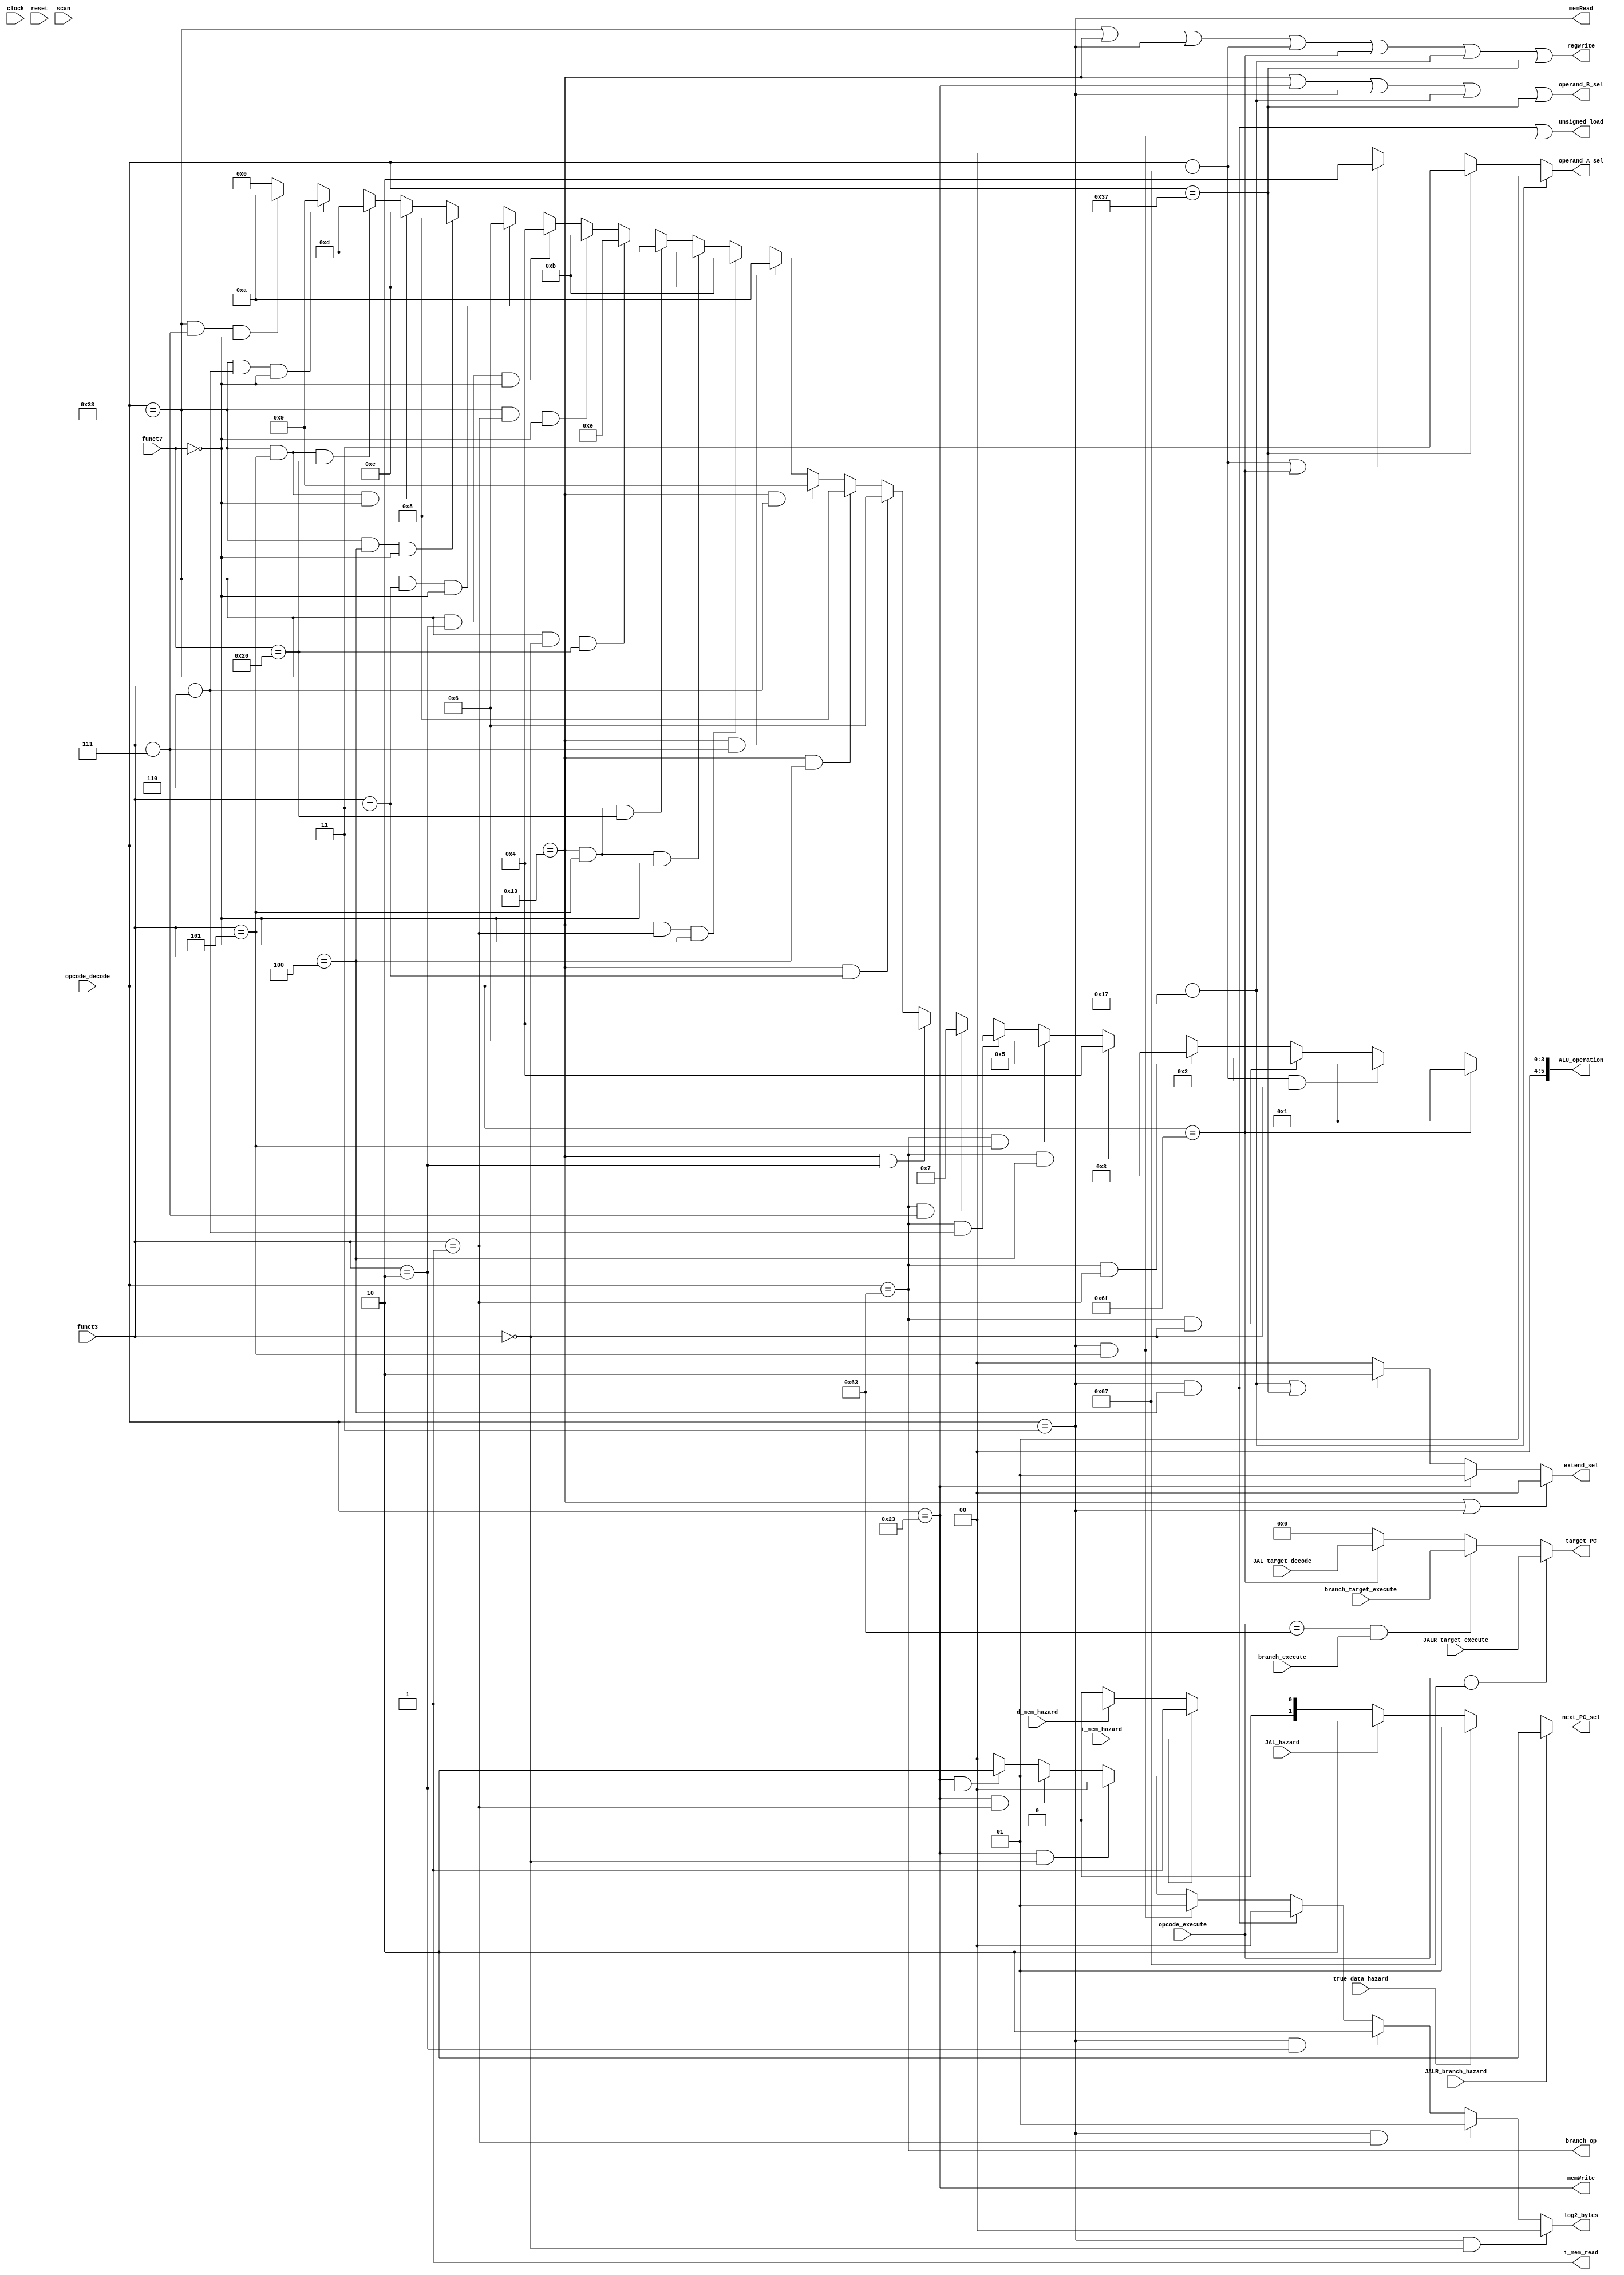
/*  @author : Adaptive & Secure Computing Systems (ASCS) Laboratory

 *  Copyright (c) 2019 BRISC-V (ASCS/ECE/BU)
 *  Permission is hereby granted, free of charge, to any person obtaining a copy
 *  of this software and associated documentation files (the "Software"), to deal
 *  in the Software without restriction, including without limitation the rights
 *  to use, copy, modify, merge, publish, distribute, sublicense, and/or sell
 *  copies of the Software, and to permit persons to whom the Software is
 *  furnished to do so, subject to the following conditions:
 *  The above copyright notice and this permission notice shall be included in
 *  all copies or substantial portions of the Software.

 *  THE SOFTWARE IS PROVIDED "AS IS", WITHOUT WARRANTY OF ANY KIND, EXPRESS OR
 *  IMPLIED, INCLUDING BUT NOT LIMITED TO THE WARRANTIES OF MERCHANTABILITY,
 *  FITNESS FOR A PARTICULAR PURPOSE AND NONINFRINGEMENT. IN NO EVENT SHALL THE
 *  AUTHORS OR COPYRIGHT HOLDERS BE LIABLE FOR ANY CLAIM, DAMAGES OR OTHER
 *  LIABILITY, WHETHER IN AN ACTION OF CONTRACT, TORT OR OTHERWISE, ARISING FROM,
 *  OUT OF OR IN CONNECTION WITH THE SOFTWARE OR THE USE OR OTHER DEALINGS IN
 *  THE SOFTWARE.
 *
 *
 */

module control_unit #(
  parameter CORE            = 0,
  parameter ADDRESS_BITS    = 20,
  parameter NUM_BYTES       = 32/8,
  parameter LOG2_NUM_BYTES  = log2(NUM_BYTES),
  parameter SCAN_CYCLES_MIN = 0,
  parameter SCAN_CYCLES_MAX = 1000
) (
  input clock,
  input reset,
  input [6:0] opcode_decode,
  input [6:0] opcode_execute,
  input [2:0] funct3, // decode
  input [6:0] funct7, // decode

  input [ADDRESS_BITS-1:0] JALR_target_execute,
  input [ADDRESS_BITS-1:0] branch_target_execute,
  input [ADDRESS_BITS-1:0] JAL_target_decode,
  input branch_execute,

  input true_data_hazard,
  input d_mem_hazard,
  input i_mem_hazard,
  input JALR_branch_hazard,
  input JAL_hazard,

  output branch_op,
  output memRead,
  output [5:0] ALU_operation, // use 6-bits to leave room for extensions
  output memWrite,
  output [LOG2_NUM_BYTES-1:0] log2_bytes,
  output unsigned_load,
  output [1:0] next_PC_sel,
  output [1:0] operand_A_sel,
  output operand_B_sel,
  output [1:0] extend_sel,
  output regWrite,

  output [ADDRESS_BITS-1:0] target_PC,
  output i_mem_read,

  input  scan
);

//define the log2 function
function integer log2;
input integer value;
begin
  value = value-1;
  for (log2=0; value>0; log2=log2+1)
    value = value >> 1;
end
endfunction


localparam [6:0]R_TYPE  = 7'b0110011,
                I_TYPE  = 7'b0010011,
                STORE   = 7'b0100011,
                LOAD    = 7'b0000011,
                BRANCH  = 7'b1100011,
                JALR    = 7'b1100111,
                JAL     = 7'b1101111,
                AUIPC   = 7'b0010111,
                LUI     = 7'b0110111,
                FENCES  = 7'b0001111,
                SYSCALL = 7'b1110011;


assign regWrite      = (opcode_decode == R_TYPE) | (opcode_decode == I_TYPE) | (opcode_decode == LOAD)
                       | (opcode_decode == JALR) | (opcode_decode == JAL)    | (opcode_decode == AUIPC)
                       | (opcode_decode == LUI);

assign memWrite      = (opcode_decode == STORE);
assign branch_op     = (opcode_decode == BRANCH);
assign memRead       = (opcode_decode == LOAD);


assign log2_bytes = (opcode_decode == LOAD  & funct3 == 3'b000) ? 0 : // LB
                    (opcode_decode == LOAD  & funct3 == 3'b001) ? 1 : // LH
                    (opcode_decode == LOAD  & funct3 == 3'b010) ? 2 : // LW
                    (opcode_decode == LOAD  & funct3 == 3'b100) ? 0 : // LBU
                    (opcode_decode == LOAD  & funct3 == 3'b101) ? 1 : // LHU
                    (opcode_decode == STORE & funct3 == 3'b000) ? 0 : // SB
                    (opcode_decode == STORE & funct3 == 3'b001) ? 1 : // SH
                    (opcode_decode == STORE & funct3 == 3'b010) ? 2 : // SW
                    {LOG2_NUM_BYTES{1'b0}};

assign unsigned_load = (opcode_decode == LOAD & funct3 == 3'b100) | // LBU
                       (opcode_decode == LOAD & funct3 == 3'b101);  // LHU

/* old
assign ALU_operation = (opcode_decode == R_TYPE) ?  3'b000 :
                       (opcode_decode == I_TYPE) ?  3'b001 :
                       (opcode_decode == STORE)  ?  3'b101 :
                       (opcode_decode == LOAD)   ?  3'b100 :
                       (opcode_decode == BRANCH) ?  3'b010 :
                       ((opcode_decode == JALR)  | (opcode_decode == JAL)) ? 3'b011 :
                       ((opcode_decode == AUIPC) | (opcode_decode == LUI)) ? 3'b110 : 2'b00;
*/

// Check for operations other than addition. Use addition as default case
assign ALU_operation =
  (opcode_decode == JAL) ? 6'd1 : // JAL: Pass through
  (opcode_decode == JALR & funct3 == 3'b000) ? 6'd1 : // JALR: Pass through
  (opcode_decode == BRANCH & funct3 == 3'b000) ? 6'd2 : // BEQ: equal
  (opcode_decode == BRANCH & funct3 == 3'b001) ? 6'd3 : // BNE: not equal
  (opcode_decode == BRANCH & funct3 == 3'b100) ? 6'd4 : // BLT: signed less than
  (opcode_decode == BRANCH & funct3 == 3'b101) ? 6'd5 : // BGE: signed greater than, equal
  (opcode_decode == BRANCH & funct3 == 3'b110) ? 6'd6 : // BLTU: unsigned less than
  (opcode_decode == BRANCH & funct3 == 3'b111) ? 6'd7 : // BGEU: unsigned greater than, equal
  (opcode_decode == I_TYPE & funct3 == 3'b010) ? 6'd4 : // SLTI: signed less than
  (opcode_decode == I_TYPE & funct3 == 3'b011) ? 6'd6 : // SLTIU: unsigned less than
  (opcode_decode == I_TYPE & funct3 == 3'b100) ? 6'd8 : // XORI: xor
  (opcode_decode == I_TYPE & funct3 == 3'b110) ? 6'd9 : // ORI: or
  (opcode_decode == I_TYPE & funct3 == 3'b111) ? 6'd10 : // ANDI: and
  (opcode_decode == I_TYPE & funct3 == 3'b001 & funct7 == 7'b0000000) ? 6'd11 : // SLLI: logical left shift
  (opcode_decode == I_TYPE & funct3 == 3'b101 & funct7 == 7'b0000000) ? 6'd12 : // SRLI: logical right shift
  (opcode_decode == I_TYPE & funct3 == 3'b101 & funct7 == 7'b0100000) ? 6'd13 : // SRAI: arithemtic right shift
  (opcode_decode == R_TYPE & funct3 == 3'b000 & funct7 == 7'b0100000) ? 6'd14 : // SUB: subtract
  (opcode_decode == R_TYPE & funct3 == 3'b001 & funct7 == 7'b0000000) ? 6'd11 : // SLL: logical left shift
  (opcode_decode == R_TYPE & funct3 == 3'b010 & funct7 == 7'b0000000) ? 6'd4  : // SLT: signed less than
  (opcode_decode == R_TYPE & funct3 == 3'b011 & funct7 == 7'b0000000) ? 6'd6  : // SLTU: signed less than
  (opcode_decode == R_TYPE & funct3 == 3'b100 & funct7 == 7'b0000000) ? 6'd8  : // XOR: xor
  (opcode_decode == R_TYPE & funct3 == 3'b101 & funct7 == 7'b0000000) ? 6'd12 : // SRL: logical right shift
  (opcode_decode == R_TYPE & funct3 == 3'b101 & funct7 == 7'b0100000) ? 6'd13 : // SRA: arithmetic right shift
  (opcode_decode == R_TYPE & funct3 == 3'b110 & funct7 == 7'b0000000) ? 6'd9  : // OR: or
  (opcode_decode == R_TYPE & funct3 == 3'b111 & funct7 == 7'b0000000) ? 6'd10 : // AND: and
  6'd0; // Use addition by default

assign operand_A_sel = (opcode_decode == AUIPC) ?  2'b01 :
                       (opcode_decode == LUI)   ?  2'b11 :
                       ((opcode_decode == JALR)  | (opcode_decode == JAL)) ? 2'b10 : 2'b00;

assign operand_B_sel = (opcode_decode == I_TYPE) | (opcode_decode == STORE) |
                       (opcode_decode == LOAD)   | (opcode_decode == AUIPC) |
                       (opcode_decode == LUI);

assign extend_sel    = ((opcode_decode == I_TYPE) | (opcode_decode == LOAD)) ? 2'b00 :
                       (opcode_decode == STORE)                       ? 2'b01 :
                       ((opcode_decode == AUIPC)  | (opcode_decode == LUI))  ? 2'b10 : 2'b00;

assign target_PC = (opcode_execute == JALR)                    ? JALR_target_execute   :
                   (opcode_execute == BRANCH) & branch_execute ? branch_target_execute :
                   (opcode_decode  == JAL)                     ? JAL_target_decode     :
                   {ADDRESS_BITS{1'b0}};

assign next_PC_sel = JALR_branch_hazard ? 2'b10 : // target_PC
                     true_data_hazard   ? 2'b01 : // stall
                     JAL_hazard         ? 2'b10 : // targeet_PC
                     i_mem_hazard       ? 2'b01 : // stall
                     d_mem_hazard       ? 2'b01 : // stall
                     2'b00;                       // PC + 4

assign i_mem_read = 1'b1;

reg [31: 0] cycles;
always @ (posedge clock) begin
  cycles <= reset? 0 : cycles + 1;
  if (scan  & ((cycles >= SCAN_CYCLES_MIN) & (cycles <= SCAN_CYCLES_MAX)) )begin
    $display ("------ Core %d Control Unit - Current Cycle %d ------", CORE, cycles);
    $display ("| Opcode decode  [%b]", opcode_decode);
    $display ("| Opcode execute [%b]", opcode_execute);
    $display ("| Branch_op      [%b]", branch_op);
    $display ("| memRead        [%b]", memRead);
    $display ("| memWrite       [%b]", memWrite);
    $display ("| RegWrite       [%b]", regWrite);
    $display ("| log2_bytes     [%b]", log2_bytes);
    $display ("| unsigned_load  [%b]", unsigned_load);
    $display ("| ALU_operation  [%b]", ALU_operation);
    $display ("| Extend_sel     [%b]", extend_sel);
    $display ("| ALUSrc_A       [%b]", operand_A_sel);
    $display ("| ALUSrc_B       [%b]", operand_B_sel);
    $display ("| Next PC sel    [%b]", next_PC_sel);
    $display ("| Target PC      [%h]", target_PC);
    $display ("----------------------------------------------------------------------");
  end
end
endmodule